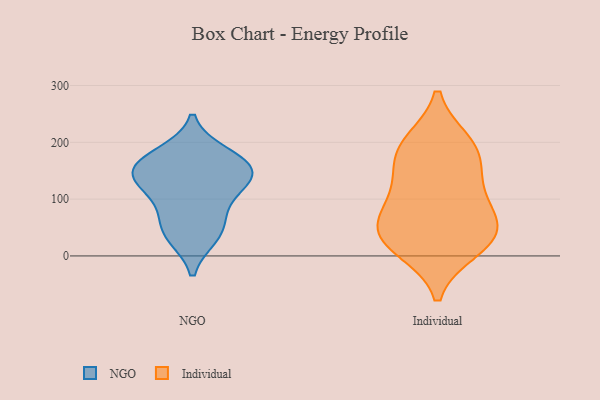
{"axis": {"x": "Humidity (%)", "y": "Value"}, "legend": ["Individual", "NGO"], "data": [{"x": "", "y": 107, "type": "NGO"}, {"x": "", "y": 134, "type": "NGO"}, {"x": "", "y": 164, "type": "NGO"}, {"x": "", "y": 41, "type": "NGO"}, {"x": "", "y": 163, "type": "NGO"}, {"x": "", "y": 138, "type": "NGO"}, {"x": "", "y": 179, "type": "NGO"}, {"x": "", "y": 142, "type": "NGO"}, {"x": "", "y": 71, "type": "NGO"}, {"x": "", "y": 35, "type": "NGO"}, {"x": "", "y": 198, "type": "Individual"}, {"x": "", "y": 85, "type": "Individual"}, {"x": "", "y": 140, "type": "Individual"}, {"x": "", "y": 22, "type": "Individual"}, {"x": "", "y": 13, "type": "Individual"}, {"x": "", "y": 41, "type": "Individual"}, {"x": "", "y": 54, "type": "Individual"}, {"x": "", "y": 43, "type": "Individual"}, {"x": "", "y": 191, "type": "Individual"}, {"x": "", "y": 179, "type": "Individual"}, {"x": "", "y": 109, "type": "Individual"}]}